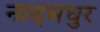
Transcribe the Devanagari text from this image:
नादमधुर